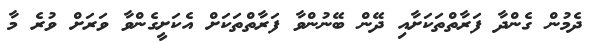
ދެމުން ގެންދާ ފަރާތްތަކަށާއި ދޭން ބޭނުންވާ ފަރާތްތަކަށް އެކަށީގެންވާ ވަރަށް ވުރެ މާ